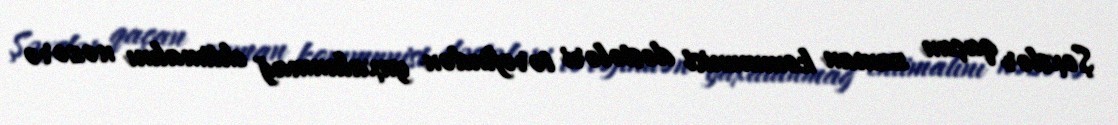
Şəxslər qaçan zaman kommunist dəstələri tərəfindən yaxalanmağ ehtimalını nəzərə